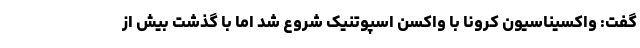
گفت: واکسیناسیون کرونا با واکسن اسپوتنیک شروع شد اما با گذشت بیش از